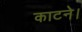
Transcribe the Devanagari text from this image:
काटने।